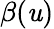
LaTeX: \beta(\mathit{u})